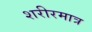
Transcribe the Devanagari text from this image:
शरीरमात्र